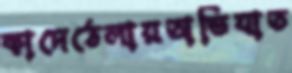
কাদেঠেলায়অভিযাত